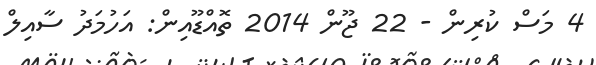
4 މަސް ކުރިން - 22 ޖޫން 2014 ތޮއްޑޫއިން: އަހުމަދު ސާއިލް